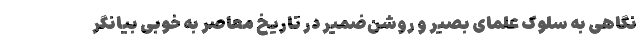
نگاهی به سلوک علمای بصیر و روشن‌ضمیر در تاریخ معاصر به خوبی بیانگر